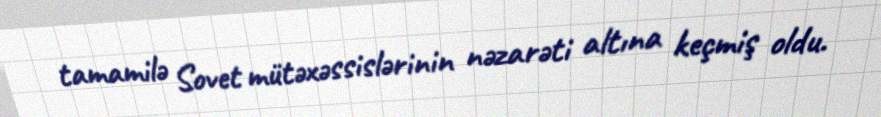
tamamilə Sovet mütəxəssislərinin nəzarəti altına keçmiş oldu.